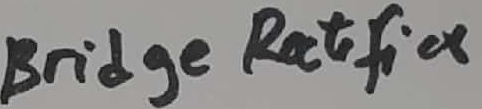
Text: Bridge Ractifier